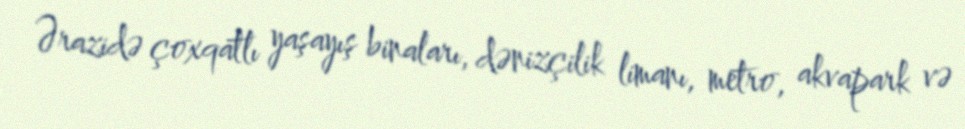
Ərazidə çoxqatlı yaşayış binaları, dənizçilik limanı, metro, akvapark və